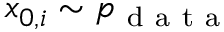
x _ { 0 , i } \sim p _ { \mathrm { ~ d ~ a ~ t ~ a ~ } }